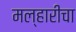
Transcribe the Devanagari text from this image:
मल्हारीचा